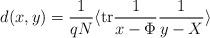
LaTeX: \begin{align*}d(x,y)={1 \over q N} \langle \makebox{tr} {1 \over x-\Phi } {1 \over y-X} \rangle\end{align*}